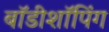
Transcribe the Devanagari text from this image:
बॉडीशॉपिंग